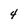
Character: 4